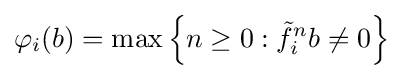
\varphi _{i}(b)=\max \left\{n\geq 0:{\tilde {f}}_{i}^{n}b\neq 0\right\}